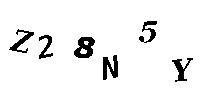
Z28N5Y